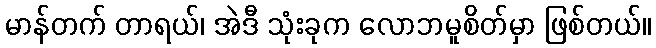
မာန်တက် တာရယ်၊ အဲဒီ သုံးခုက လောဘမူစိတ်မှာ ဖြစ်တယ်။